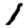
Digit: 1